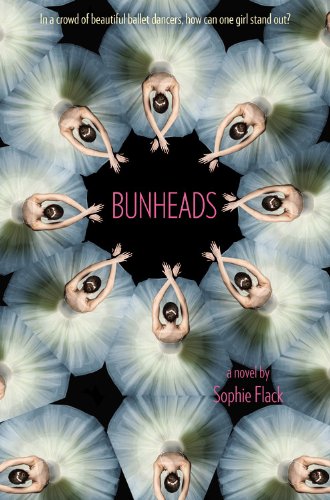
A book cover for Bunheads; Sophie Flack; Teen & Young Adult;